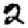
Digit: 2